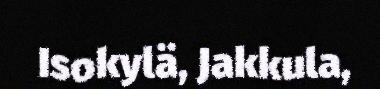
Isokylä, Jakkula,